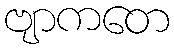
ဗျာကတေ